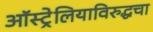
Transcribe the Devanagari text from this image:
ऑस्ट्रेलियाविरुद्धचा